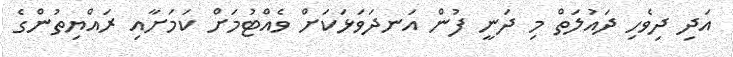
އަދި ދިވެހި ދައުލަތް މި ދަނީ ފުން އަނދަވަޅަކަށް ވެއްޓުމަށް ކަމަށާއި ރައްޔިތުންގެ